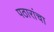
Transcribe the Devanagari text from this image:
पठारांचा